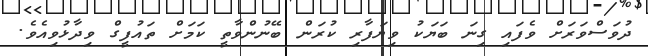
ދުވަސްވަރަށް ވެފައި ގިނަ ބަޔަކު ވިޔަފާރި ކުރަން ބޭނުންވާތީ ކަމަށް ތައުފީގް ވިދާޅުވިއެވެ.